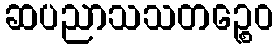
ဆပညာသသတဉ္စေဝ